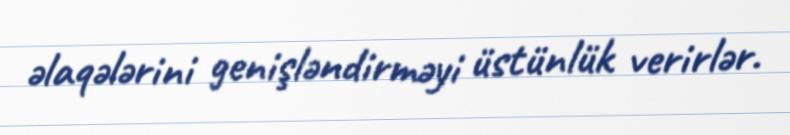
əlaqələrini genişləndirməyi üstünlük verirlər.